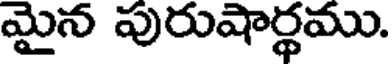
మైన పురుషార్థము.